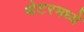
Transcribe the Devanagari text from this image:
थेटरमध्ये